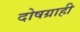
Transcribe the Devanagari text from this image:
दोषग्राही